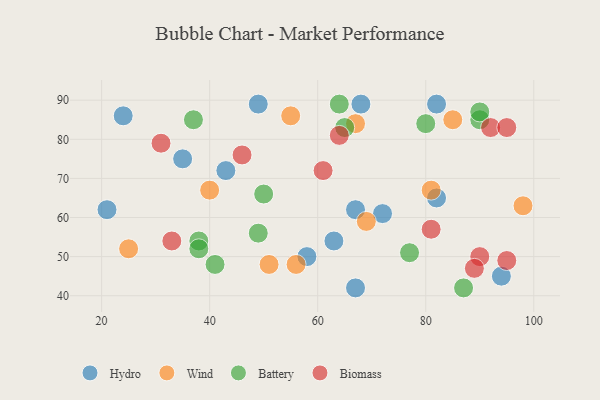
{"axis": {"x": "GDP", "y": "Life Expectancy"}, "legend": ["Battery", "Biomass", "Hydro", "Wind"], "data": [{"x": "43", "y": 72, "type": "Hydro"}, {"x": "21", "y": 62, "type": "Hydro"}, {"x": "67", "y": 62, "type": "Hydro"}, {"x": "58", "y": 50, "type": "Hydro"}, {"x": "67", "y": 42, "type": "Hydro"}, {"x": "82", "y": 65, "type": "Hydro"}, {"x": "72", "y": 61, "type": "Hydro"}, {"x": "82", "y": 89, "type": "Hydro"}, {"x": "24", "y": 86, "type": "Hydro"}, {"x": "49", "y": 89, "type": "Hydro"}, {"x": "35", "y": 75, "type": "Hydro"}, {"x": "63", "y": 54, "type": "Hydro"}, {"x": "68", "y": 89, "type": "Hydro"}, {"x": "94", "y": 45, "type": "Hydro"}, {"x": "51", "y": 48, "type": "Wind"}, {"x": "40", "y": 67, "type": "Wind"}, {"x": "55", "y": 86, "type": "Wind"}, {"x": "81", "y": 67, "type": "Wind"}, {"x": "56", "y": 48, "type": "Wind"}, {"x": "85", "y": 85, "type": "Wind"}, {"x": "98", "y": 63, "type": "Wind"}, {"x": "25", "y": 52, "type": "Wind"}, {"x": "69", "y": 59, "type": "Wind"}, {"x": "67", "y": 84, "type": "Wind"}, {"x": "80", "y": 84, "type": "Battery"}, {"x": "64", "y": 89, "type": "Battery"}, {"x": "41", "y": 48, "type": "Battery"}, {"x": "38", "y": 54, "type": "Battery"}, {"x": "37", "y": 85, "type": "Battery"}, {"x": "50", "y": 66, "type": "Battery"}, {"x": "38", "y": 52, "type": "Battery"}, {"x": "77", "y": 51, "type": "Battery"}, {"x": "49", "y": 56, "type": "Battery"}, {"x": "87", "y": 42, "type": "Battery"}, {"x": "90", "y": 85, "type": "Battery"}, {"x": "65", "y": 83, "type": "Battery"}, {"x": "90", "y": 87, "type": "Battery"}, {"x": "33", "y": 54, "type": "Biomass"}, {"x": "92", "y": 83, "type": "Biomass"}, {"x": "90", "y": 50, "type": "Biomass"}, {"x": "46", "y": 76, "type": "Biomass"}, {"x": "95", "y": 83, "type": "Biomass"}, {"x": "89", "y": 47, "type": "Biomass"}, {"x": "95", "y": 49, "type": "Biomass"}, {"x": "31", "y": 79, "type": "Biomass"}, {"x": "81", "y": 57, "type": "Biomass"}, {"x": "64", "y": 81, "type": "Biomass"}, {"x": "61", "y": 72, "type": "Biomass"}]}